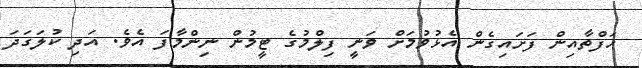
ހަފްތާއިން ފަށައިގެން އެޅުވުމަށް ވަނީ ފިލްމުގެ ޓީމުން ނިންމާފަ އެވެ. އަދި ކުލަގަދަ